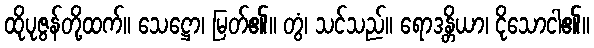
ထိုပုဇွန်တို့ထက်။ သေဋ္ဌော၊ မြတ်၏။ တွံ၊ သင်သည်။ ရောဒန္တိယာ၊ ငိုသောငါ၏။